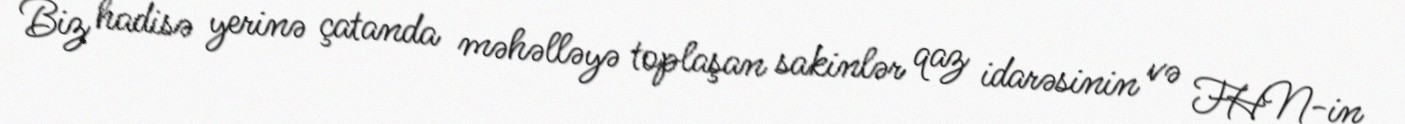
Biz hadisə yerinə çatanda məhəlləyə toplaşan sakinlər qaz idarəsinin və FHN-in